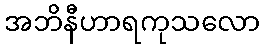
အဘိနီဟာရကုသလော